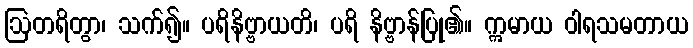
ဩတရိတွာ၊ သက်၍။ ပရိနိဗ္ဗာယတိ၊ ပရိ နိဗ္ဗာန်ပြု၏။ ဣမာယ ဝါရသမတာယ